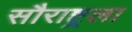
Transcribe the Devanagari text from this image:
सौराष्ट्रला